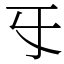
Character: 㸦